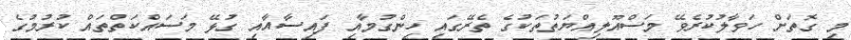
މި ގޮތަށް ހަވާލުކުރެވޭ މަސްއޫލިއްޔަތުތަކުގެ ތެރޭގައި ހިންގުމާއި ފައިސާއާއި ގުޅޭ މަސައްކަތްތައް ކުރުމުގެ